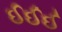
ઈઈઈ